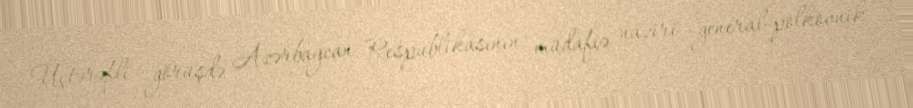
Üçtərəfli görüşdə Azərbaycan Respublikasının müdafiə naziri general-polkovnik